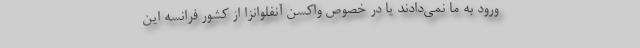
ورود به ما نمی‌دادند یا در خصوص واکسن آنفلوانزا از کشور فرانسه این